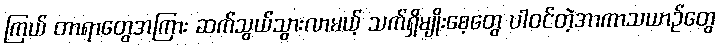
ကြယ် တာရာတွေအကြား ဆက်သွယ်သွားလာမယ့် သက်ရှိမျိုးစေ့တွေ ပါဝင်တဲ့အာကာသယာဉ်တွေ